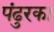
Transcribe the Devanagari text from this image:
पंढुरका